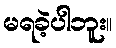
မရခဲ့ပါဘူး။